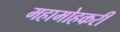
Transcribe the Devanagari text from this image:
महामोहकरी